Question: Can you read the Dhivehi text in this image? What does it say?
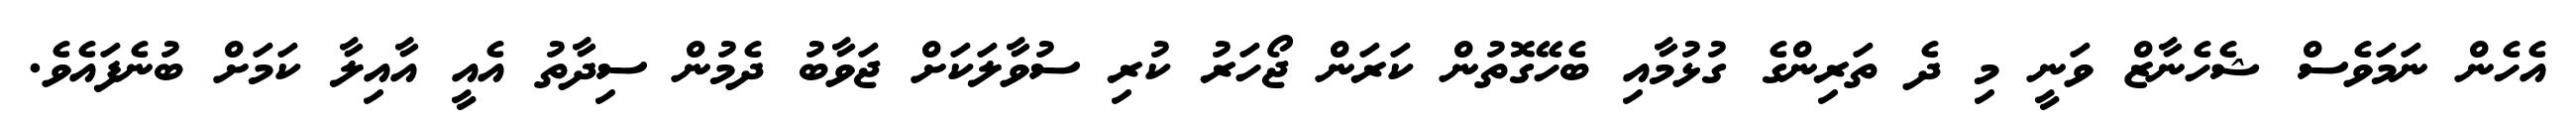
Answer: އެހެން ނަމަވެސް ޝެހެނާޒް ވަނީ މި ދެ ތަރިންގެ ގުޅުމާއި ބެހޭގޮތުން ކަރަން ޖޯހަރު ކުރި ސުވާލަކަށް ޖަވާބު ދެމުން ސިދާތު އެއީ އާއިލާ ކަމަށް ބުނެފައެވެ.